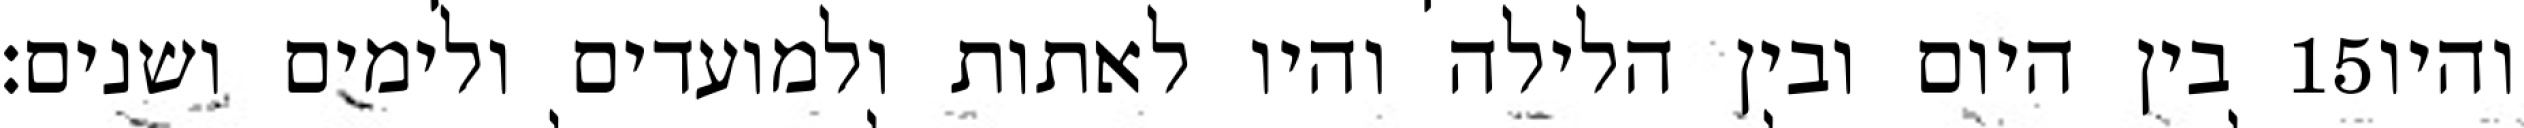
בין היום ובין הלילה והיו לאתות ולמועדים ולימים ושנים׃ ‎15‏ והיו